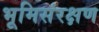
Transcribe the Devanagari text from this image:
भूमिसंरक्षण